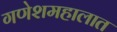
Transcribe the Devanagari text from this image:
गणेशमहालात